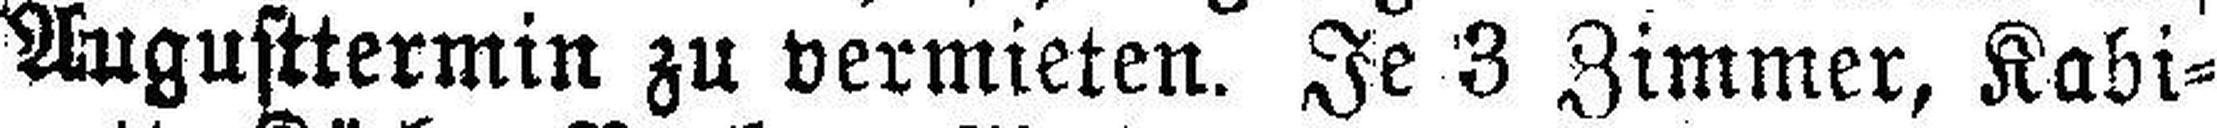
Augusttermin zu vermieten. Je 3 Zimmer, Kabi¬